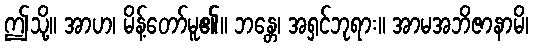
ဤသို့။ အာဟ၊ မိန့်တော်မူ၏။ ဘန္တေ၊ အရှင်ဘုရား။ အာမအဘိဇာနာမိ၊